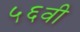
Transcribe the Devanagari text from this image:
५६वी